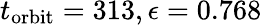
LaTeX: t_{\textrm{orbit}}=313,\epsilon=0.768